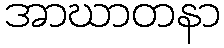
အာဃာတနာ